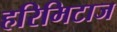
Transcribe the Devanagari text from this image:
हरिमिटाज